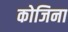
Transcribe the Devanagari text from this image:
कोजिना